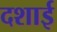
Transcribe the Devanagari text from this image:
दशाई